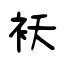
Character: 袄